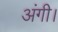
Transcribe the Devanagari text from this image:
अंगी।